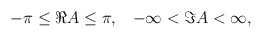
\begin{align*}-\pi\leq\Re A\leq\pi, \;\;\; -\infty < \Im A < \infty,\end{align*}